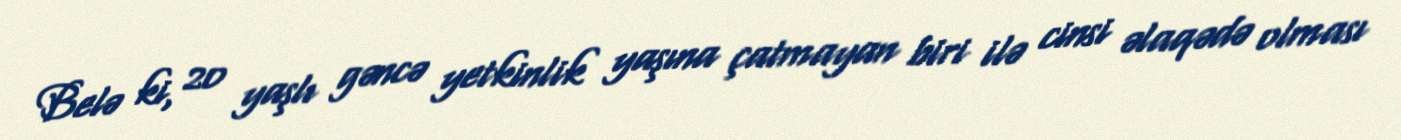
Belə ki, 20 yaşlı gəncə yetkinlik yaşına çatmayan biri ilə cinsi əlaqədə olması